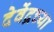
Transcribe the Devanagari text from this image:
देवेंद्रच्या